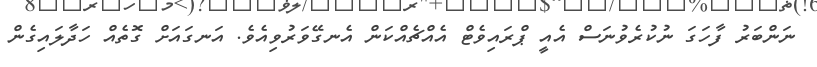
ނަންބަރު ފާހަގަ ނުކުރެވުނަސް އެއީ ޕްރައިވެޓް އެއްޗެއްކަން އެނގޭވަރުވިއެވެ. އަނގައަށް ގޮތެއް ހަދާލައިގެން